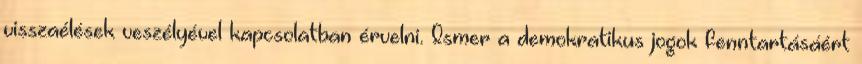
visszaélések veszélyével kapcsolatban érvelni. Ismer a demokratikus jogok fenntartásáért